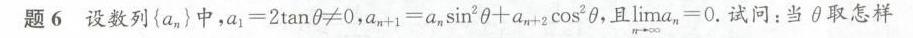
题6 设数列{a_{n}}中，$$a _ { 1 } = 2 \tan θ ≠ 0 $$，$$ a _ { n + 1 } = a _ { n } \sin ^ { 2 } θ + a _ { n +2 } cos ^ { 2 } θ$$，且$$\lim _ { n \rightarrow \infty } a _ { n } = 0$$.试问：当θ取怎样